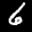
Label: 6